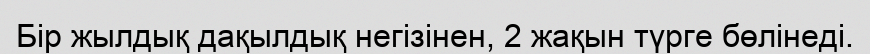
Бір жылдық дақылдық негізінен, 2 жақын түрге бөлінеді.